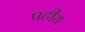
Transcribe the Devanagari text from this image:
पटीय